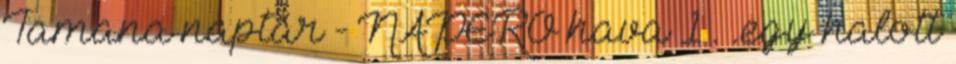
Tamana naptár - NAPERŐ hava 1 . .egy halott